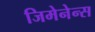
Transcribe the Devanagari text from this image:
जिमेनेन्स